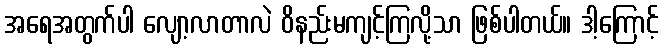
အရေအတွက်ပါ လျော့လာတာလဲ ဝိနည်းမကျင့်ကြလို့သာ ဖြစ်ပါတယ်။ ဒါ့ကြောင့်